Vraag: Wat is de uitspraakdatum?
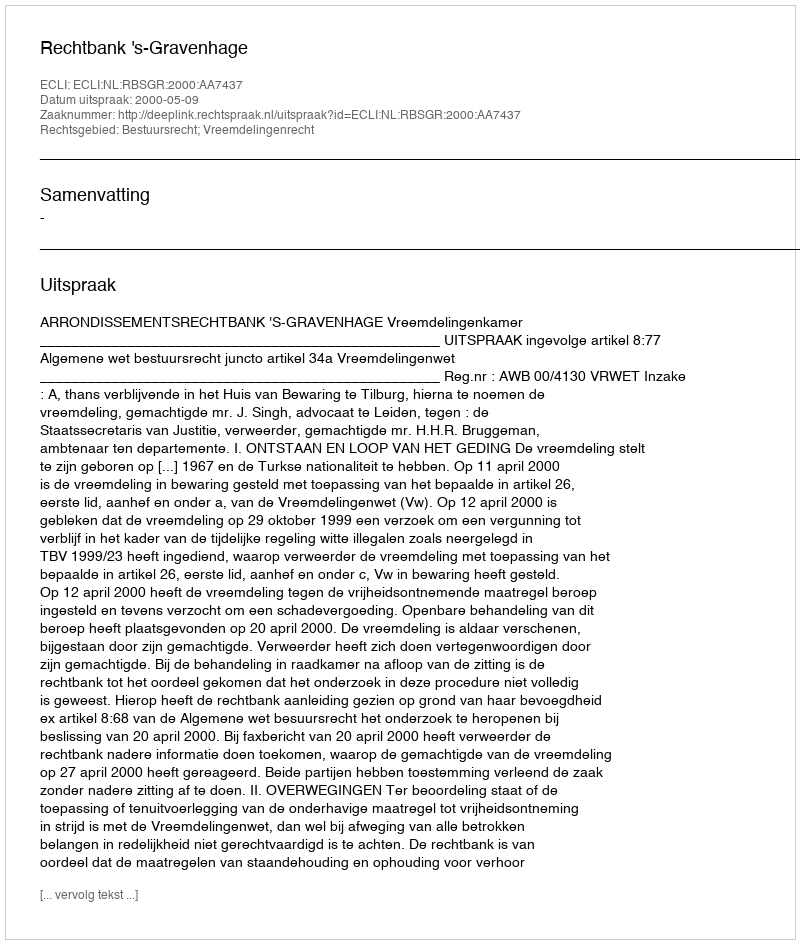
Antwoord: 2000-05-09